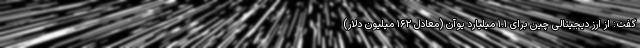
گفت: از ارز دیجیتالی چین برای ۱.۱ میلیارد یوآن (معادل ۱۶۲ میلیون دلار)